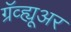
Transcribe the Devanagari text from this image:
ग्रॅव्ह्यूअर